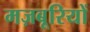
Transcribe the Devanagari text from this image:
मज़बूरियों